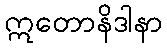
ဣတောနိဒါနာ